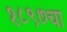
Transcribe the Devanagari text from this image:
१८९७चा